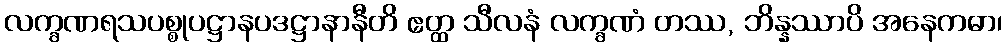
လက္ခဏရသပစ္စုပဋ္ဌာနပဒဋ္ဌာနာနီတိ ဧတ္ထ သီလနံ လက္ခဏံ တဿ, ဘိန္နဿာပိ အနေကဓာ၊